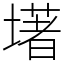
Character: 墸